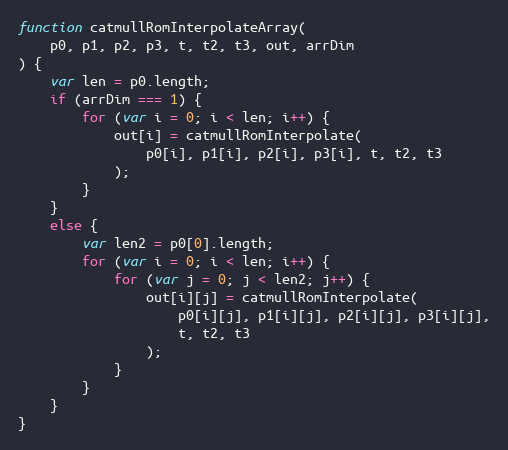
Language: JavaScript
function catmullRomInterpolateArray(
    p0, p1, p2, p3, t, t2, t3, out, arrDim
) {
    var len = p0.length;
    if (arrDim === 1) {
        for (var i = 0; i < len; i++) {
            out[i] = catmullRomInterpolate(
                p0[i], p1[i], p2[i], p3[i], t, t2, t3
            );
        }
    }
    else {
        var len2 = p0[0].length;
        for (var i = 0; i < len; i++) {
            for (var j = 0; j < len2; j++) {
                out[i][j] = catmullRomInterpolate(
                    p0[i][j], p1[i][j], p2[i][j], p3[i][j],
                    t, t2, t3
                );
            }
        }
    }
}